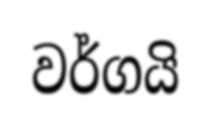
වර්ගයි